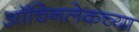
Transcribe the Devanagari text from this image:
ऑचिनलेकच्या